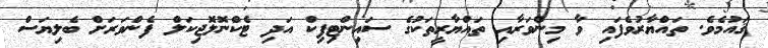
ޤައުމެވެ. ތައްޔާރުވެފައި ވާ މިންވަރާއި ތައްޔާރީތަކުގެ ސައިންޓިފިކް އަދި ޓެކްނޮލޮޖިކަލް ފެންވަރަށް ބެލިޔަސް